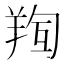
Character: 𮊧